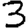
Digit: 3